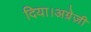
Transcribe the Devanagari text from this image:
दिया।अग्रेज़ी